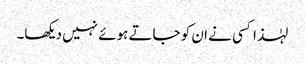
لہٰذا کسی نے ان کو جاتے ہوئے نہیں دیکھا۔